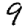
Digit: 9